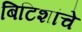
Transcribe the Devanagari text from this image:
बिटिशांचे